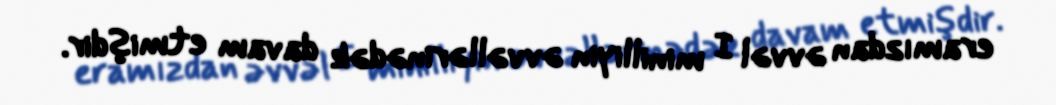
eramızdan əvvəl I minilliyin əvvəllərinədək davam etmişdir.